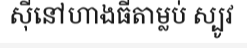
ស៊ីនៅហាងធីតាម្លប់ ស្បូវ